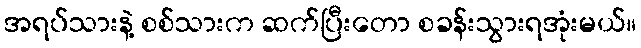
အရပ်သားနဲ့ စစ်သားက ဆက်ပြီးတော စခန်းသွားရအုံးမယ်။